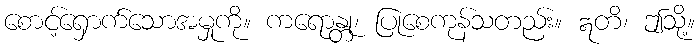
စောင့်ရှောက်သောအမှုကို။ ကရောန္တု၊ ပြုစေကုန်သတည်း။ ဣတိ၊ ဤသို့။